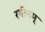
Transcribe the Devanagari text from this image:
रथीनम्